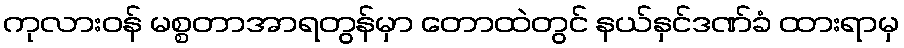
ကုလားဝန် မစ္စတာအာရတွန်မှာ တောထဲတွင် နယ်နှင်ဒဏ်ခံ ထားရာမှ